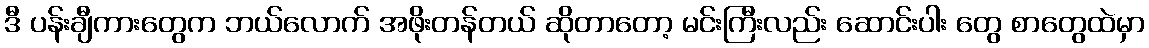
ဒီ ပန်းချီကားတွေက ဘယ်လောက် အဖိုးတန်တယ် ဆိုတာတော့ မင်းကြီးလည်း ဆောင်းပါး တွေ စာတွေထဲမှာ